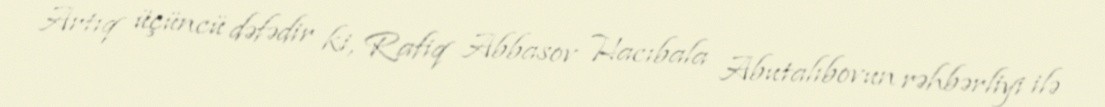
Artıq üçüncü dəfədir ki, Rafiq Abbasov Hacıbala Abutalıbovun rəhbərliyi ilə